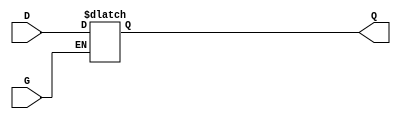
module gated_latch (
    input wire D,        // Data Input
    input wire G,        // Enable Signal
    output reg Q         // Output
);

// Always block for the gated latch functionality
always @(*) begin
    if (G) begin
        // When G is HIGH, the output follows the input D
        Q = D;
    end
    // When G is LOW, the output retains its previous state
end

endmodule